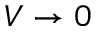
V \rightarrow 0